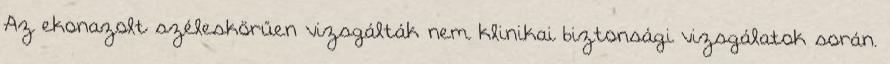
Az ekonazolt széleskörűen vizsgálták nem klinikai biztonsági vizsgálatok során.